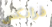
فرانكس